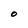
Character: O